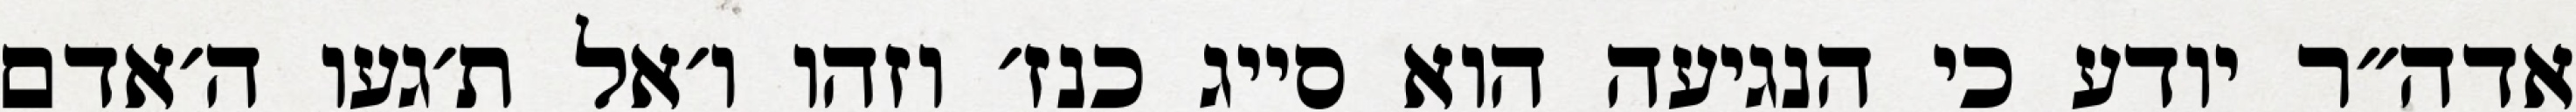
אדה״ר יודע כי הנגיעה הוא סייג כנז׳ וזהו ו׳אל ת׳געו ה׳אדם